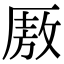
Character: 厫